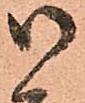
御